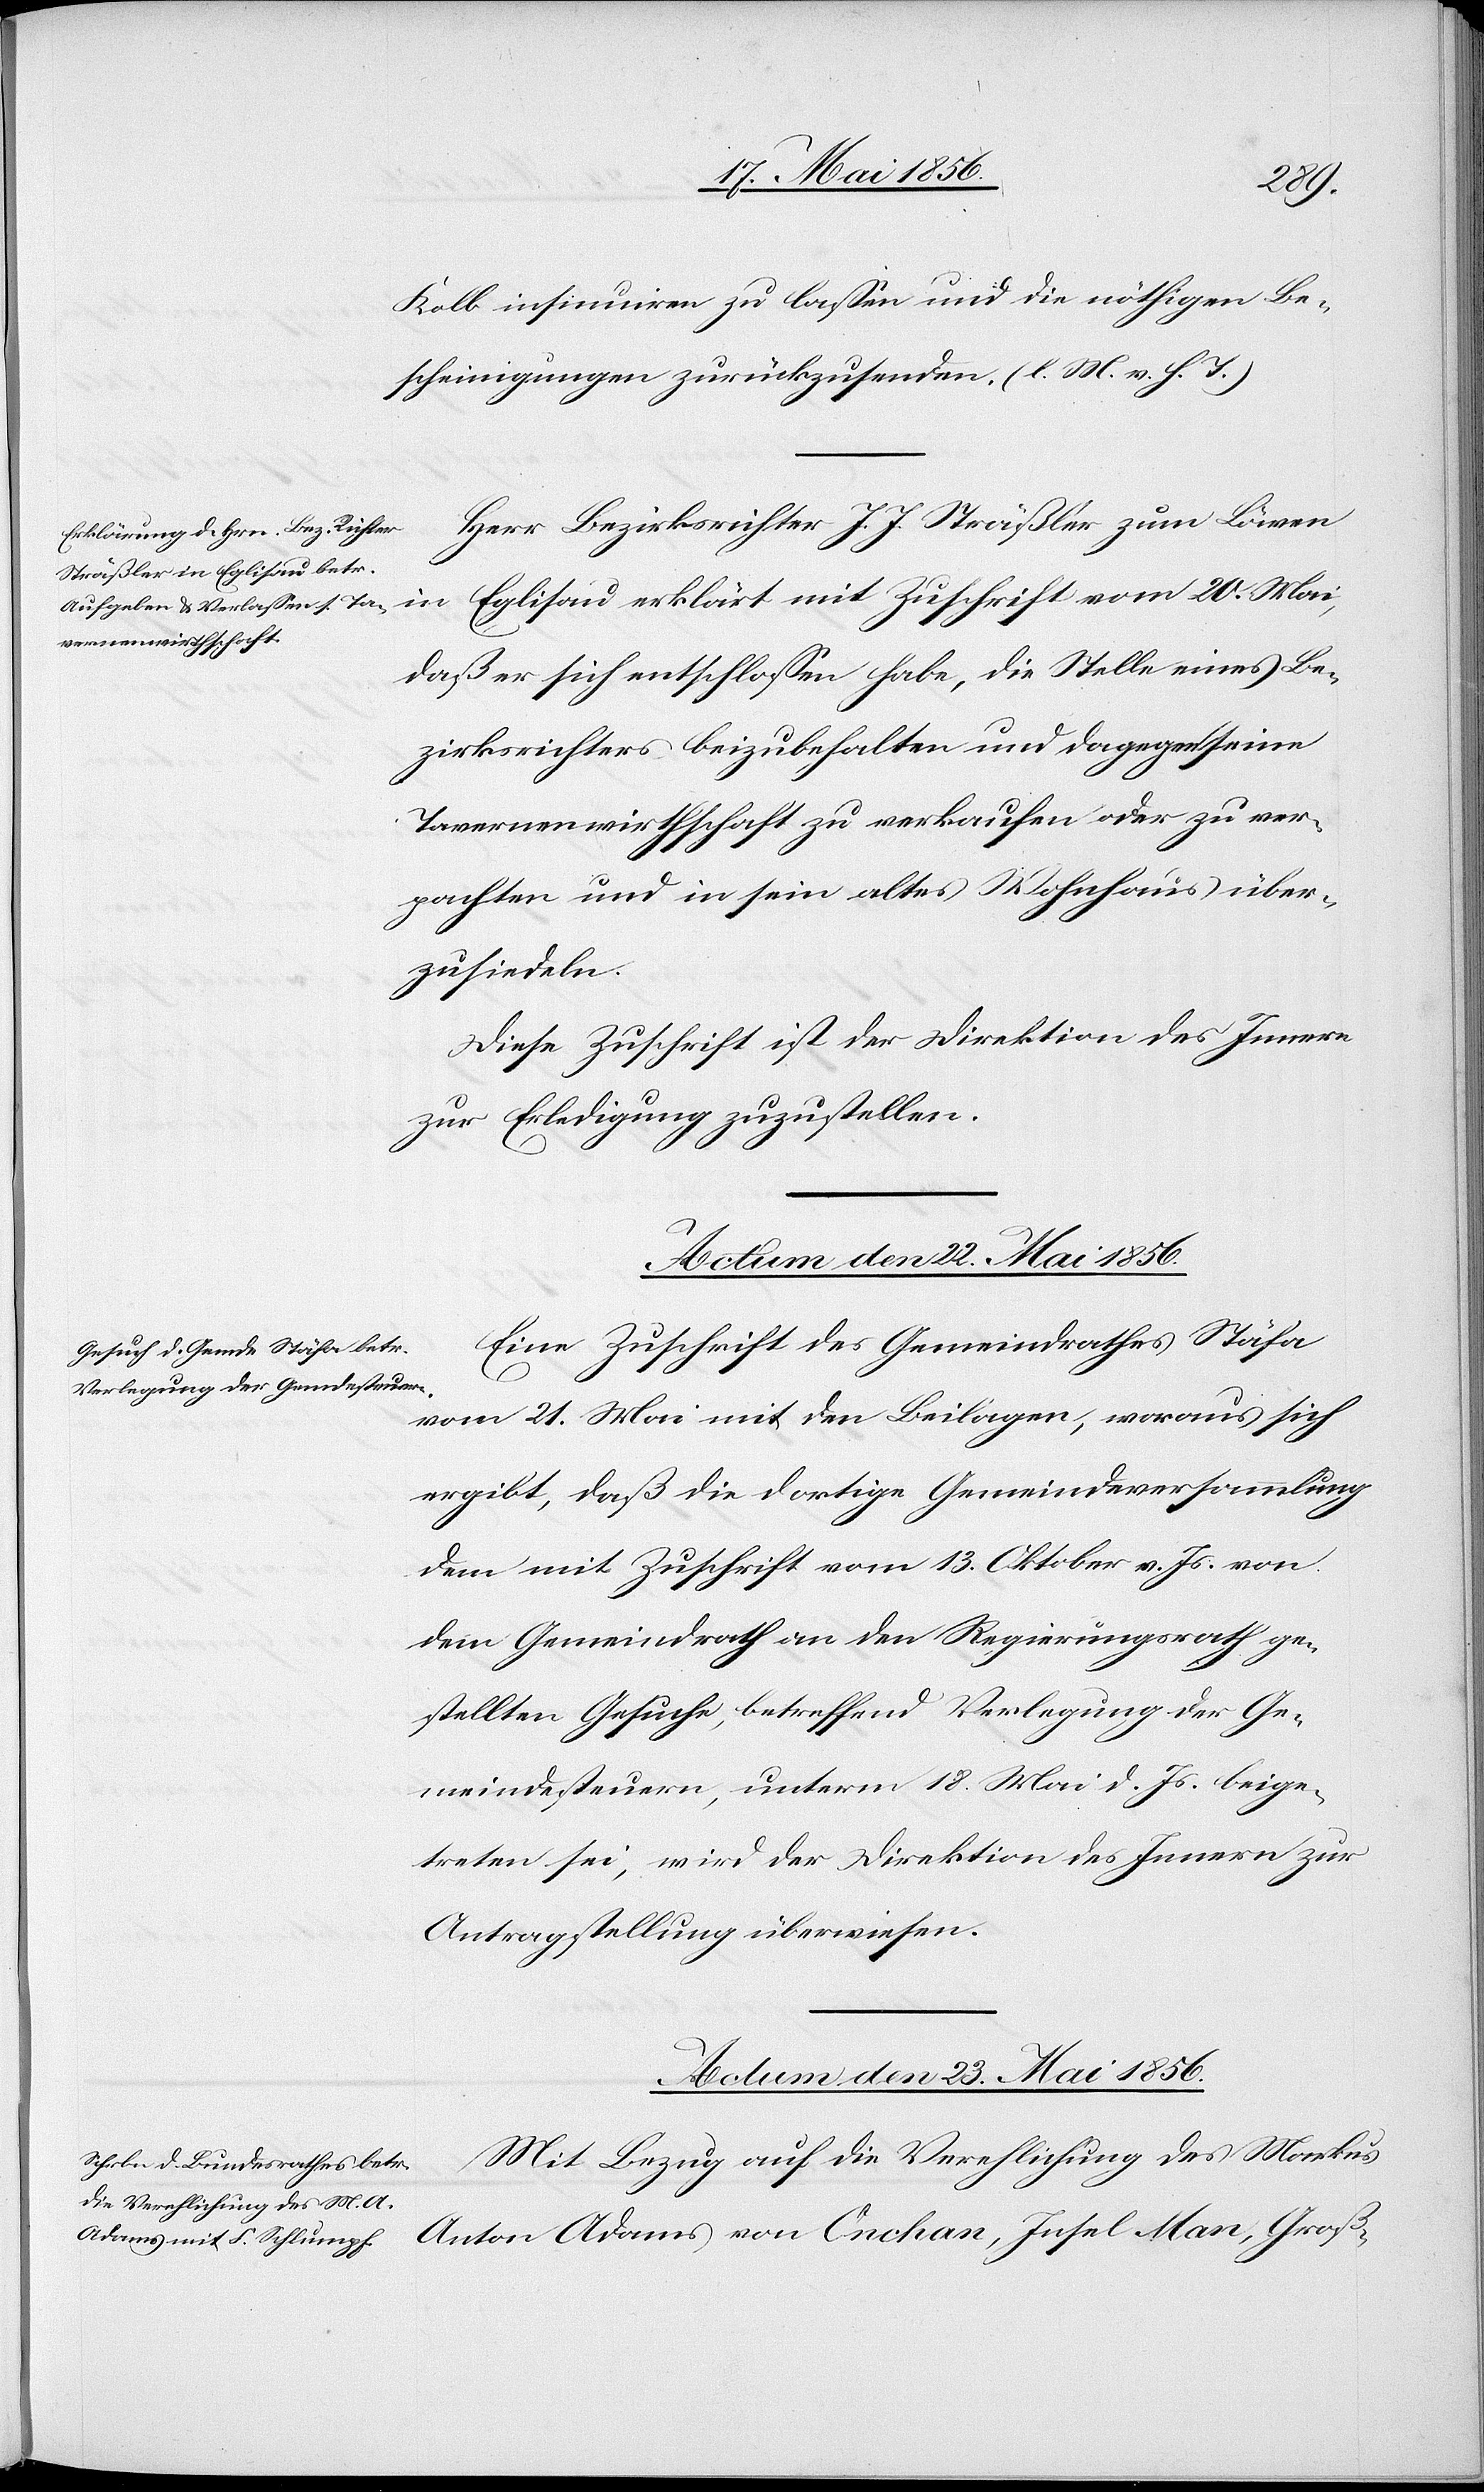
Kolb insinuiren zu lassen und die nöthigen Be¬
scheinigungen zurückzusenden. (l. M. v. h. T.)
Herr Bezirksrichter J. J. Sträßler zum Löwen
in Eglisau erklärt mit Zuschrift vom 20. Mai,
daß er sich entschlossen habe, die Stelle eines Be¬
zirksrichters beizubehalten und dagegen seine
Tavernenwirthschaft zu verkaufen oder zu ver¬
pachten und in sein altes Wohnhaus über¬
zusiedeln.
Diese Zuschrift ist der Direktion des Innern
zur Erledigung zuzustellen.
Actum den 22. Mai 1856.
Eine Zuschrift des Gemeindrathes Stäfa
vom 21. Mai mit den Beilagen, woraus sich
ergibt, daß die dortige Gemeindeversammlung
dem mit Zuschrift vom 13. Oktober v. Js. von
dem Gemeindrath an den Regierungsrath ge¬
stellten Gesuche, betreffend Verlegung der Ge¬
meindesteuern, unterm 18. Mai d. Js. beige¬
treten sei, wird der Direktion des Innern zur
Antragstellung überwiesen.
Actum den 23. Mai 1856.
Mit Bezug auf die Verehlichung des Markus
Anton Adams von Onchan, Insel Man, Groß-